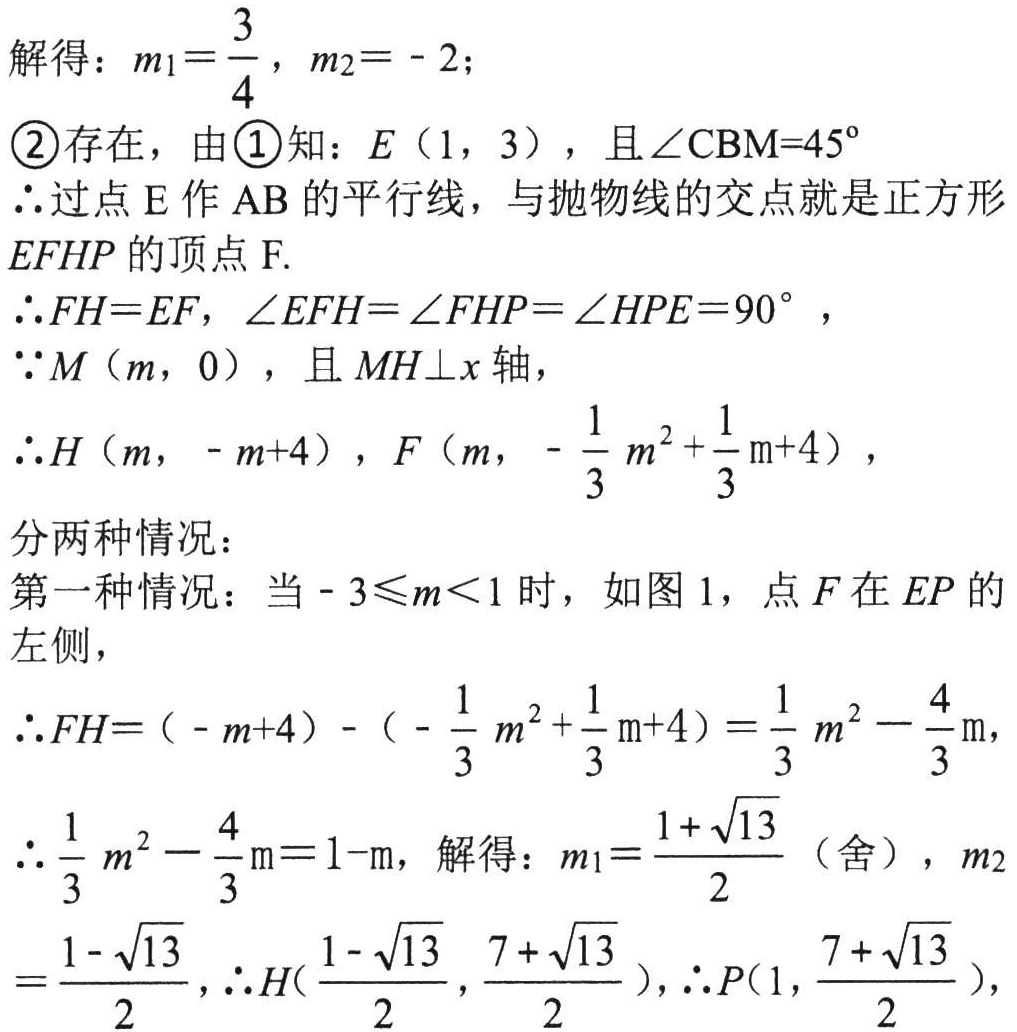
解得：\(m_1 = \frac{3}{4}\)，\(m_2 = - 2\)；
\textcircled{2}存在，由\textcircled{1}知：\(E(1,3)\)，且\(\angle CBM = 45^{\circ}\)
\(\therefore\)过点\(E\)作\(AB\)的平行线，与抛物线的交点就是正方形
\(EFHP\)的顶点\(F\).
\(\therefore FH = EF\)，\(\angle EFH=\angle FHP=\angle HPE = 90^{\circ}\)，
\(\because M(m,0)\)，且\(MH\perp x\)轴，
\(\therefore H(m,-m + 4)\)，\(F\left(m,-\frac{1}{3}m^{2}+\frac{1}{3}m + 4\right)\)，
分两种情况：
第一种情况：当\(- 3\leqslant m\lt1\)时，如图1，点\(F\)在\(EP\)的
左侧，
\(\therefore FH=(-m + 4)-\left(-\frac{1}{3}m^{2}+\frac{1}{3}m + 4\right)=\frac{1}{3}m^{2}-\frac{4}{3}m\)，
\(\therefore\frac{1}{3}m^{2}-\frac{4}{3}m = 1 - m\)，解得：\(m_1=\frac{1 + \sqrt{13}}{2}\)（舍），\(m_2\)
\(=\frac{1 - \sqrt{13}}{2}\)，\(\therefore H\left(\frac{1 - \sqrt{13}}{2},\frac{7 + \sqrt{13}}{2}\right)\)，\(\therefore P\left(1,\frac{7 + \sqrt{13}}{2}\right)\)，